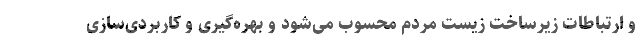
و ارتباطات زیرساخت زیست مردم محسوب می‌شود و بهره‌گیری و کاربردی‌سازی